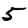
Digit: 5